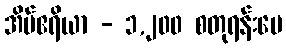
အိမ်ဧရိယာ - ၁,၂၀၀ စတုရန်းပေ